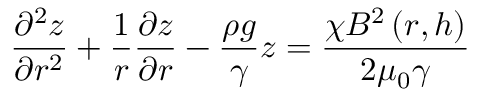
\frac { \partial ^ { 2 } z } { \partial r ^ { 2 } } + \frac { 1 } { r } \frac { \partial z } { \partial r } - \frac { \rho g } { \gamma } z = \frac { \chi B ^ { 2 } \left( r , h \right) } { 2 \mu _ { 0 } \gamma }